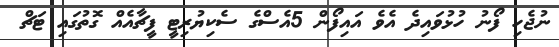
ނުޖެހި ފޯނު ހުޅުވައިދެ އެވެ އައިފޯން 5އެސްގެ ސެކިޔުރިޓީ ފީޗާއެއް ގޮތުގައި ޓަޗް